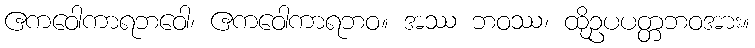
ဧကဝေါကာရဘဝေါ၊ ဧကဝေါကာရဘဝ။ အဿ ဘဝဿ၊ ထိုဥပပတ္တဘဝအား။